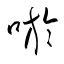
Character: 唹